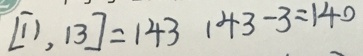
[ 1 1 , 1 3 ] = 1 4 3 1 4 3 - 3 = 1 4 0